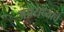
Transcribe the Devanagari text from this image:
अपराध्याचे